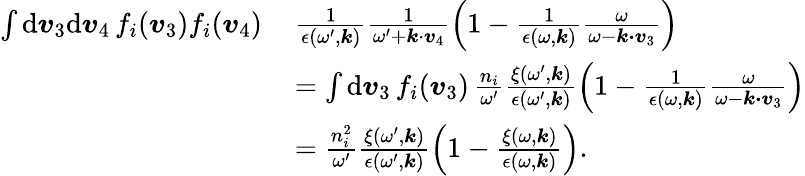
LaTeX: \begin{array}{rl}{\int\mathrm{d}\boldsymbol{v}_{3}\mathrm{d}\boldsymbol{v}_{4}\, f_{i}(\boldsymbol{v}_{3})f_{i}(\boldsymbol{v}_{4})\, }&{\frac{1}{\epsilon(\omega^{\prime},\boldsymbol{k})}\frac{1}{\omega^{\prime}+\boldsymbol{k}\cdot\boldsymbol{v}_{4}}\left(1-\frac{1}{\epsilon(\omega,\boldsymbol{k})}\frac{\omega}{\omega-\boldsymbol{k\cdot v}_{3}}\right)}\\ &{=\int\mathrm{d}\boldsymbol{v}_{3}\, f_{i}(\boldsymbol{v}_{3})\, \frac{n_{i}}{\omega^{\prime}}\frac{\xi(\omega^{\prime},\boldsymbol{k})}{\epsilon(\omega^{\prime},\boldsymbol{k})}\left(1-\frac{1}{\epsilon(\omega,\boldsymbol{k})}\frac{\omega}{\omega-\boldsymbol{k\cdot v}_{3}}\right)}\\ &{=\frac{n_{i}^{2}}{\omega^{\prime}}\frac{\xi(\omega^{\prime},\boldsymbol{k})}{\epsilon(\omega^{\prime},\boldsymbol{k})}\left(1-\frac{\xi(\omega,\boldsymbol{k})}{\epsilon(\omega,\boldsymbol{k})}\right).}\end{array}